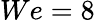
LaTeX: We=8